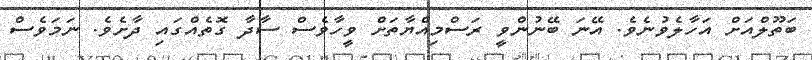
ބަތޫލްއަށް އަހާލެވުނެވެ. އޭނަ ބޭނުންވީ ރަސްމިއްޔާތަށް ވީހާވެސް ސާދާ ގޮތެއްގައި ދާށެވެ. ނަމަވެސް